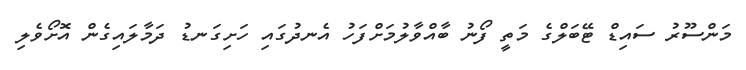
މަންސޫރު ސައިޑް ޓޭބަލްގެ މަތީ ފޯނު ބާއްވާލުމަށްފަހު އެނދުގައި ހަށިގަނޑު ދަމާލައިގެން އޮށޯވެލި